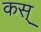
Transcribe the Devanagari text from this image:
कस्